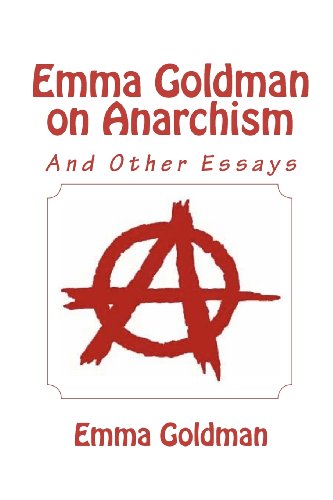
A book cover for Emma Goldman on Anarchism (and other Essays); Emma Goldman; Crafts, Hobbies & Home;